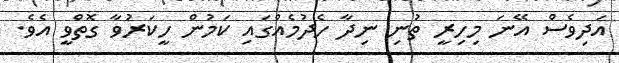
އަދިވެސް އޭނަ މިހިރީ ތުނި ނިދާ ހެދުމެއްގައި ކަމުން ހީކަރުވާ ގޮތްވީ އެވެ.